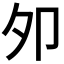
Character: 夘